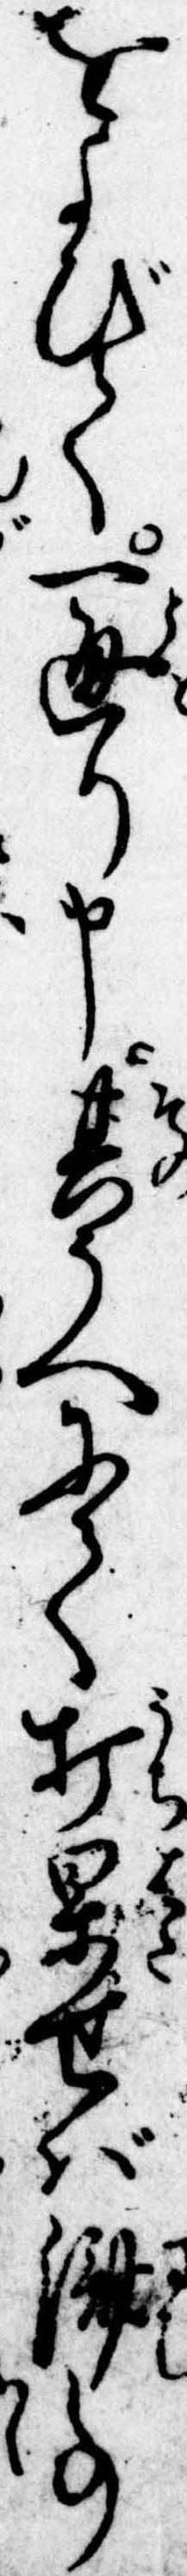
をよびて一通り申其うへにて打果せば済事